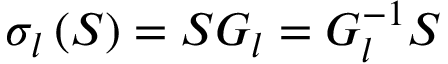
\sigma _ { l } \left( S \right) = S G _ { l } = G _ { l } ^ { - 1 } S